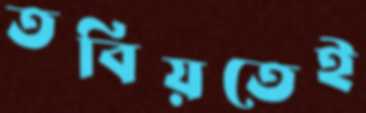
তবিয়তেই